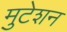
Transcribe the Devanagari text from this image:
मुटेशन